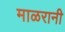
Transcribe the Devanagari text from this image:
माळरानी